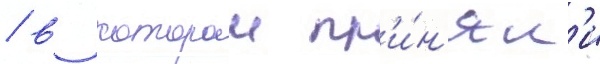
/ в которои пр'и́н'ял'и